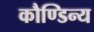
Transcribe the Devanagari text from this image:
कौण्डिन्य